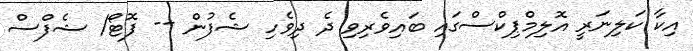
އިކާ ކަލިނަރީ އޮލިމްޕިކްސްގައި ބައިވެރިވި ދެ ދިވެހި ޝެފުން -- ފޮޓޯ/ ޝެފްސް